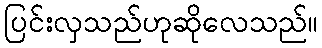
ပြင်းလှသည်ဟုဆိုလေသည်။